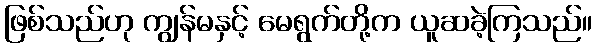
ဖြစ်သည်ဟု ကျွန်မနှင့် မေရွက်တို့က ယူဆခဲ့ကြသည်။